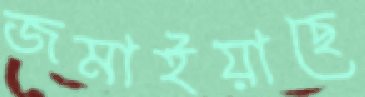
জমাইয়াছে